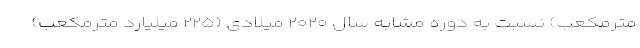
مترمکعب) نسبت به دوره مشابه سال ۲۰۲۰ میلادی (۲۲۵ میلیارد مترمکعب)